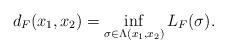
LaTeX: \begin{align*} d_{F}(x_1,x_2) = \inf_{\sigma\in\Lambda(x_1,x_2)} L_F(\sigma).\end{align*}